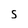
Character: s